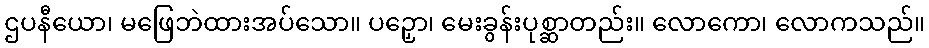
ဌပနီယော၊ မဖြေဘဲထားအပ်သော။ ပဉှော၊ မေးခွန်းပုစ္ဆာတည်း။ လောကော၊ လောကသည်။